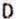
D